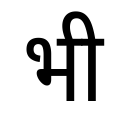
OCR:
भी